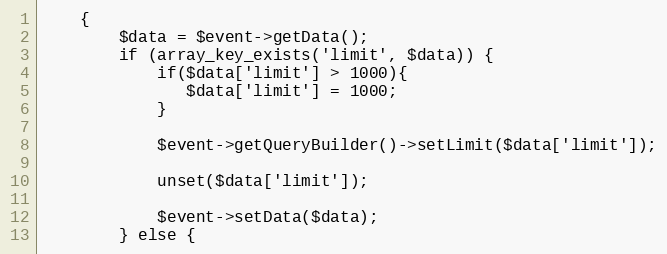
Language: PHP
    {
        $data = $event->getData();
        if (array_key_exists('limit', $data)) {
            if($data['limit'] > 1000){
               $data['limit'] = 1000;
            }

            $event->getQueryBuilder()->setLimit($data['limit']);

            unset($data['limit']);

            $event->setData($data);
        } else {